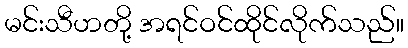
မင်းသီဟတို့ အရင်ဝင်ထိုင်လိုက်သည်။